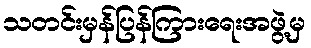
သတင်းမှန်ပြန်ကြားရေးအဖွဲ့မှ